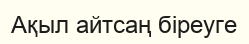
Ақыл айтсаң біреуге